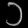
Digit: ၁